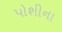
પોશીના